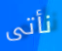
نأتى